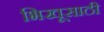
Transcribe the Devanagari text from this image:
भिखूसाठी